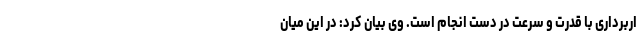
اربرداری با قدرت و سرعت در دست انجام است. وی بیان کرد: در این میان